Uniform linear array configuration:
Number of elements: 64
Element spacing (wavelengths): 1
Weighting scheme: uniform
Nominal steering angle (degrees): -60
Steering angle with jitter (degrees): -58.614
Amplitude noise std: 0.05
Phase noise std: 0.05

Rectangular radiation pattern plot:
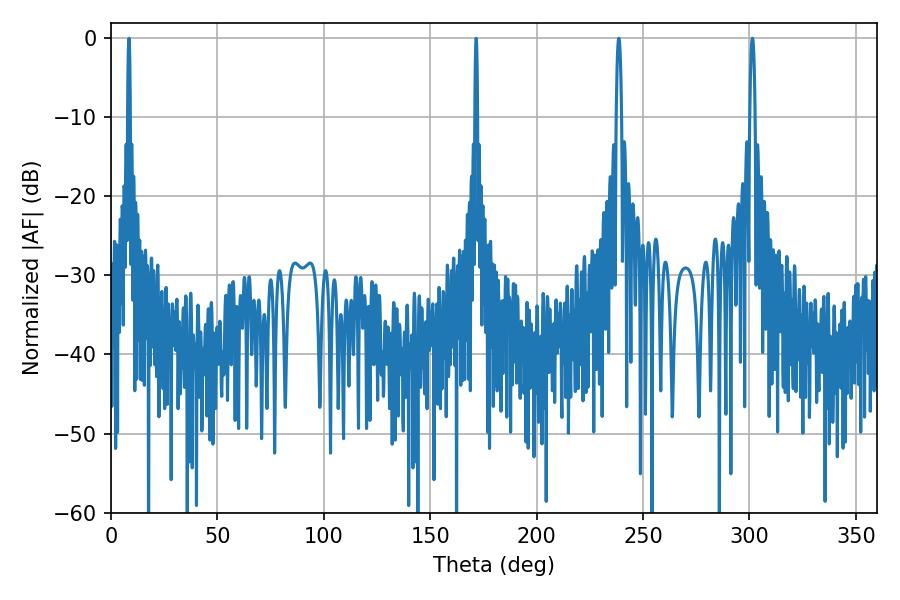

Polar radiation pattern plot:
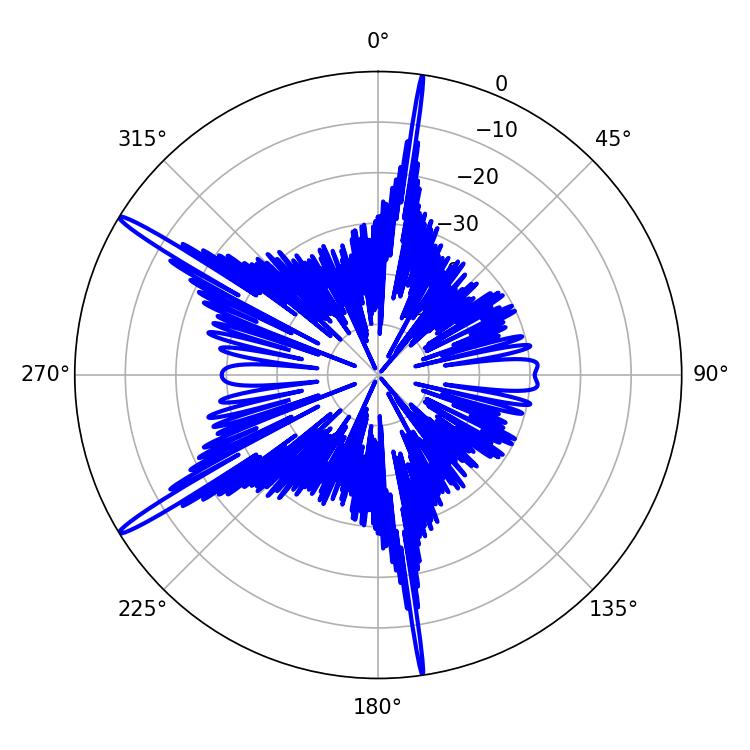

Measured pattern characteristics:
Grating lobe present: TRUE
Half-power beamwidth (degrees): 1.26
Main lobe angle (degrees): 301.32